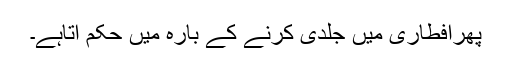
پھرافطاری میں جلدی کرنے کے بارہ میں حکم آتاہے۔